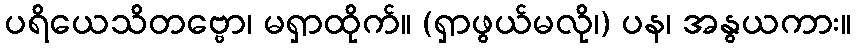
ပရိယေသိတဗ္ဗော၊ မရှာထိုက်။ (ရှာဖွယ်မလို၊) ပန၊ အနွယကား။